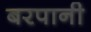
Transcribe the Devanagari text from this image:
बरपानी